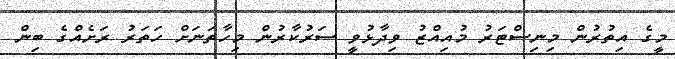
މީގެ އިތުރުން މިނިސްޓަރު މުއިއްޒު ވިދާޅުވީ ސަރުކާރުން މިހާތަނަށް ހަތަރު ރަށެއްގެ ބިން